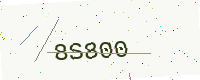
Text: 8S800